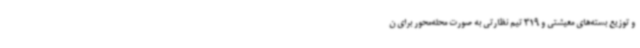
و توزیع بسته‌های معیشتی و 319 تیم نظارتی به صورت محله‌محور برای ن